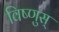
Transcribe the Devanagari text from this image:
विष्णुस्